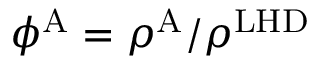
\phi ^ { \mathrm { A } } = \rho ^ { \mathrm { A } } / \rho ^ { \mathrm { L H D } }